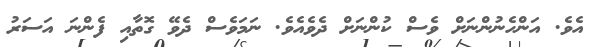
އެވެ. އަންހެނުންނަށް ވެސް ކުންނަށް ދެވެއެވެ. ނަމަވެސް ދެވޭ ގޮތާއި ފެންނަ އަސަރު